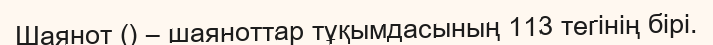
Шаянот () – шаяноттар тұқымдасының 113 тегінің бірі.